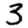
Digit: 3